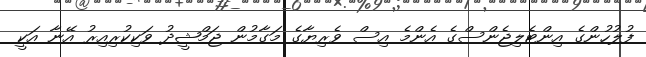
ފުލުހުންގެ އިންޓެލިޖެންސްގެ އެންމެ އިސް ވެރިޔާގެ މަގާމުން ޖަމްޝީދު ވަކިކުރިއިރު އޭނާ އަކީ